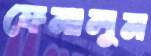
ফেনালুম